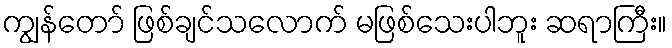
ကျွန်တော် ဖြစ်ချင်သလောက် မဖြစ်သေးပါဘူး ဆရာကြီး။